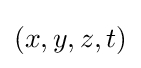
(x,y,z,t)